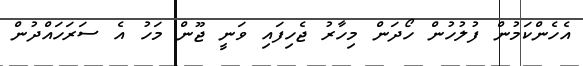
އެހެންކަމުން ފުލުހުން ހޯދަން މިހާރު ޖެހިފައި ވަނީ ޖޫން މަހު އެ ސަރަހައްދުން